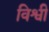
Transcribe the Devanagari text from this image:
विश्वी